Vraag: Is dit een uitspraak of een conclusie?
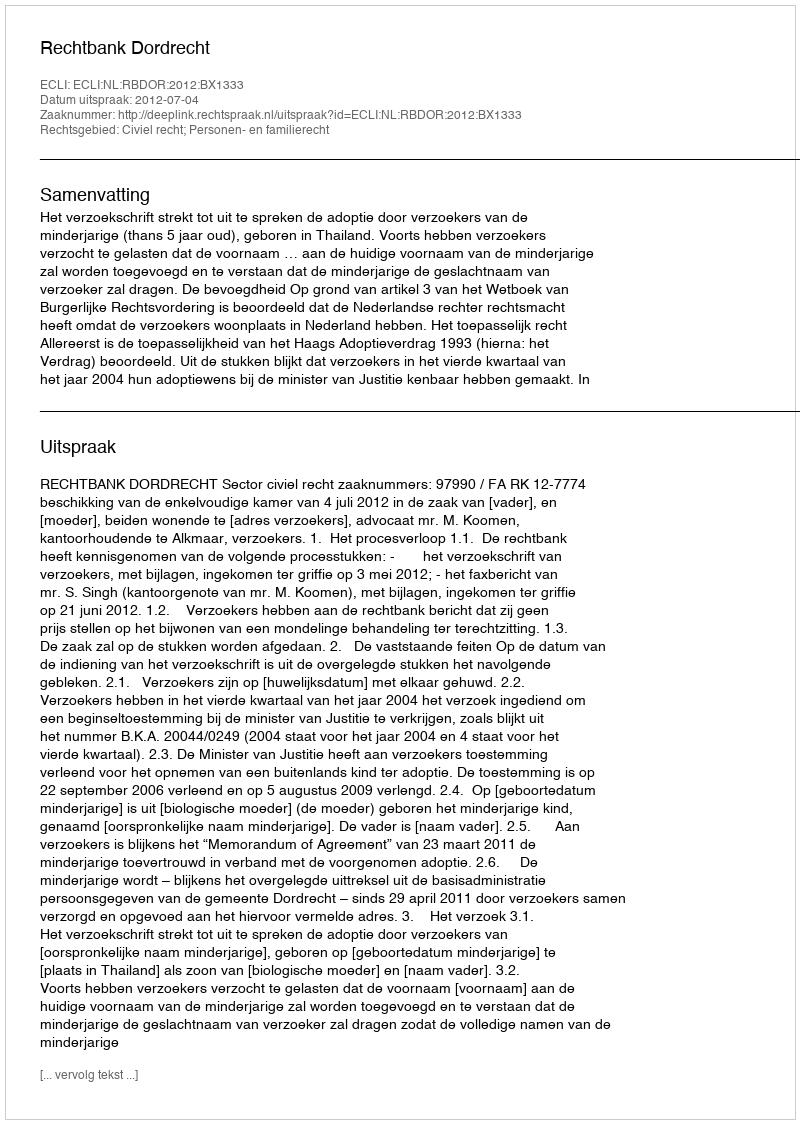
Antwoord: Uitspraak